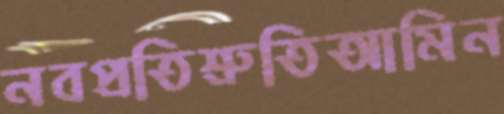
নবপ্রতিশ্রুতিআমিন